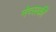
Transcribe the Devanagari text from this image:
नेव्सकी